Report on vaccination in Madras 1922-1929 - 1922-1929
Year: 1922
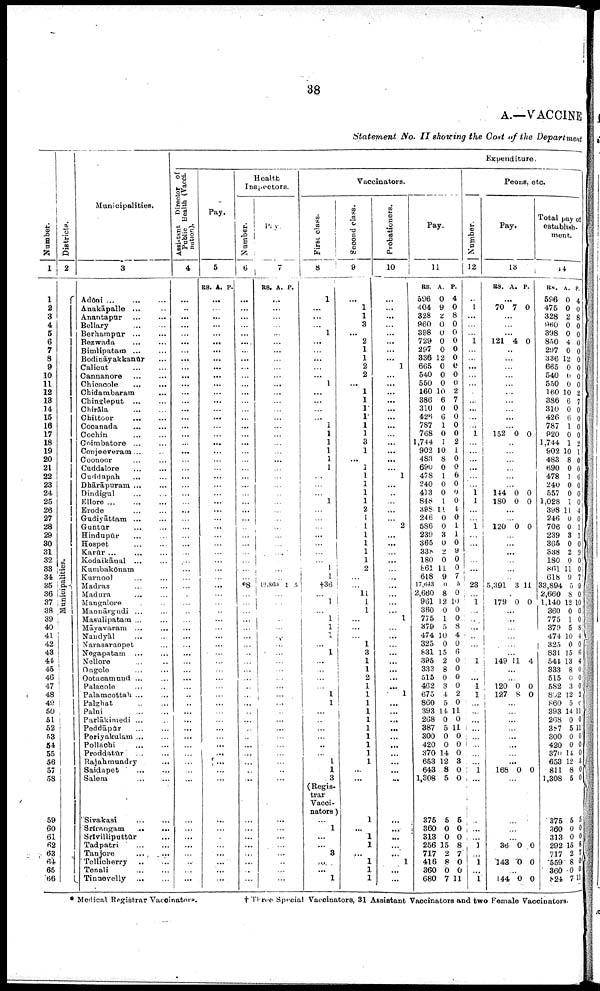
38
A.—VACCINE
Statement No. II showing the Cost of the Department
Number.
1
1
2
3
4
5
6
7
8
9
10
11
12
18
14
15
16
17
18
19
20
21
22
23
24
25
26
27
28
29
30
31
32
33
34
35
36
37
38
39
40
41
42
43
44
45
46
47
48
49
50
51
52
53
54
55
56
57
58
59
60
61
62
63
64
65
66
Districts.
2
Municipalities.
Municipalities.
3
Adōni
...
...
...
Anakāpalle ... ...
Anantapūr
...
...
Bellary
...
...
Berhampūr
...
...
Bezwada ... ...
Bimlipatam ... ...
Bodināyakkanūr ...
Calicut ... ...
Cannanore
...
...
Chicacole
...
...
Chidambaram ...
Chingleput
...
...
Chirāla
...
...
Chittoor
...
...
Cooanada
...
...
Cochin
...
...
Coimbatore ... ...
Conjeeveram... ...
Coonoor ... ...
Cuddalore
...
...
Cuddapah ... ...
Dhārāpuram ... ...
Dindigul ... ...
Ellore
...
...
...
Erode ... ...
Gudiyāttam
...
...
Guntūr
...
...
Hindupūr ... ...
Hospet
...
...
Karūr ... ... ...
Kodaikāual ...
Kumbakōnam ... ...
Kurnool ... ...
Madras ... ...
Madura ... ...
Mangalore ... ...
Mannārgudi ... ...
Masulipatam ... ...
Māyavaram ... ...
Nandyāl
...
...
Narasaraopet ...
Negapatam ...
Nellore ... ...
Ongole ... ...
Ootacamuud ... ...
Palacole ... ...
Palamcottah ... ...
Palghat ... ...
Palni
...
...
Parlākimedi ... ...
Peddāpūr ... ...
Periyakulam ... ...
Pollachi
...
...
Proddatūr
...
...
Rajahmundry ... ...
Saidapet
...
...
Salem
...
...
Sivakasi
...
...
Srīrangam ... ...
Srīvilliputtur ...
Tadpatri
...
...
Tanjore
...
...
Tellicherry
...
...
Tenali
...
...
Tinaevelly
...
...
Expenditure.
Assistant Director of
Public Health (Vacci¬
nation).
4
...
...
...
...
...
...
...
...
...
...
...
...
...
...
...
...
...
...
...
...
...
...
...
...
...
...
...
...
...
...
...
...
...
...
...
...
...
...
...
...
...
...
...
...
...
...
...
...
..
...
...
...
...
...
...
...
...
...
...
...
...
...
...
...
...
...
Pay.
5
RS. A. P.
...
...
...
...
...
...
...
...
...
...
...
...
...
...
...
...
...
...
...
...
...
...
...
...
...
...
...
...
...
...
...
...
...
...
...
...
...
...
...
...
...
...
...
...
...
...
...
...
...
...
...
...
...
...
...
...
...
...
...
...
...
...
...
...
...
...
Health
Inspectors.
Number.
6
...
...
...
...
...
....
...
...
...
...
...
...
...
...
...
...
...
...
...
...
...
...
...
...
...
...
...
...
...
...
...
...
...
...
*8
...
...
...
...
...
...
...
...
...
...
...
...
...
...
...
...
...
...
...
...
...
...
...
...
...
...
...
...
...
...
...
Pay.
7
RS. A. P.
...
...
...
...
...
...
...
...
...
...
...
...
...
...
...
...
...
...
...
...
...
...
...
...
...
...
...
...
...
...
...
...
...
...
19,860 1 5
...
...
...
...
...
...
...
...
...
...
...
...
...
...
...
...
...
...
...
...
...
...
...
...
...
...
...
...
...
...
...
Vaccinators.
First class.
8
1
...
...
...
1
...
...
...
...
...
1
...
...
...
...
1
1
1
1
1
1
...
...
...
1
...
...
...
...
...
...
...
1 1
†36
...
1
...
1
1
1
...
1
...
...
...
...
1
1
...
...
...
...
..
...
1
1
3
(Regis
trar
Vacci-
nators)
...
1
...
...
8
...
...
1
Second class.
9
...
1
1
3
...
2
1
1
2
2
...
1
1
1
1 1
1
3
1
...
1
1
1
1
1
2
1
1
1
1
1
1
2
...
...
11
1
1
...
...
...
1
3
1
1
2
1
1
1
1
1
1
1
1
1
1
...
...
1
...
1
1
...
1
1
1
Probationers.
10
...
...
...
...
...
...
...
...
1
...
...
...
...
...
...
...
...
...
...
...
...
1
...
...
...
...
...
2
...
...
...
...
...
...
...
...
...
...
1
...
...
...
...
...
...
...
...
1
...
...
...
...
...
...
...
...
...
...
...
...
...
...
...
1
...
Pay.
11
RS.
596
404
328
960
398
729
297
836
665
540
550
160
386
310
426
787
768
1,744
902
483
690
478
240
413
848
398
246
586
239
365
338
180
861
618
17,643
2,660
961
360
775
379
474
325
831
395
333
515
462
675
860
393
268
387
300
420
370
653
643
1,308
375
360
313
256
717
416
360
680
A.
0
9
2
0
0
0
0
12
0
0
0
10
6
0
6
1
0
1
10
8
0
1
0
0
1
11
0
0
3
0
2
0
11
9
0
8
12
0
1
5
10
0
15
2
8
0
3
4
5
14
0
5
0
0
14
12
8
5
5
0
0
15
2
8
0
7
P.
4
0
8
0
0
0
0
0
0
0
0
2
7
0
0
0
0
2
1
0
0
6
0
0
0
4
0
1
1
0
9
0
0
7
5
0
10
0
0
8
4
0
6
0
0
0
0
2
0
11
0
11
0
0
0
3
0
0
5
0
0
8
7
0
0
11
Peons, etc
Number.
12
...
1
...
...
...
1
...
...
...
...
...
...
...
...
...
...
1
...
...
...
...
...
...
1 1
...
...
1
...
...
...
...
...
...
23
...
...
...
...
...
...
...
...
1
...
...
1
1
...
...
...
...
...
...
...
...
1
...
...
...
...
1
...
1
...
...
Pay.
13
RS. A. P.
...
70 7 0
...
...
...
121 4 0
...
...
...
...
...
...
...
...
...
...
152 0 0
...
...
...
...
...
...
144
180
0
0
0
0
...
...
120 0 0
...
...
...
...
...
...
5,391 3 11
...
179 0 0
...
...
...
...
...
...
149 11 4
...
...
120
127
0
8
0
0
...
...
...
...
...
...
...
...
168 0 0
...
...
...
36 0 0
...
143 0 0
...
144 0 0
Total pay of
establish¬
ment.
14
RS.
596
475
328
960
398
850
297
336
665
540
550
160
386
310
426
787
920
1,744
902
483
690
478
240
557
1,028
398
246
706
239
365
338
180
861
618
33,894
2,660
1,140
360
775
379
474
325
831
541
333
515
582
802
860
393
268
387
300
420
370
653
811
1,308
375
360 313
292
717
559
360
824
A.
0
0
2
0
0
4
0
12
0
0
0
10
6
0
6
1
0
1
10
8
0
1
0
0
1
11
0
0
3
0
2
0
11
9
5
8
12
0
1
5
10
0
15
13
8
6
3
12
5
14
0
5
0
0
14
12
8
5
5
0
0
15
2
8
0
7
P.
4
0
8
0
0
0
0
0
0
0
0
2
7
0
0
0
0
2
1
0
0
6
0
0
0
4
0
1
1
0
9
0
0 7
9
0
10
0
0
8
4
0
6
4
0
0
0
2
0
11
0
11
0
0
0
3
0
0
5
0
0
8
7
0
0
11
* Medical Registrar Vaccinators.
† Three Special Vaccinators, 31 Assistant Vaccinators and two Female Vaccinators.